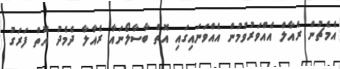
އެމެޗުން ރެއާލް އެއްވަރުވުމުން އެއްވަނައިގައި އޮތް ބާސާލޯނައާ ރެއާލާ ދެމެދު އޮތް ފަރަގު